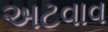
અટવાવ